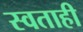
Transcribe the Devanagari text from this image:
स्वताही